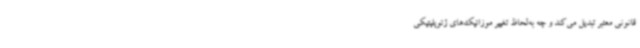
قانونی معتبر تبدیل می‌کند و چه به‌لحاظ تغییر موزائیک‌های ژئوپلیتیکی